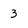
Character: 3